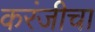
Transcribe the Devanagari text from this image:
करंजीचा